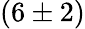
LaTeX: (6\pm 2)